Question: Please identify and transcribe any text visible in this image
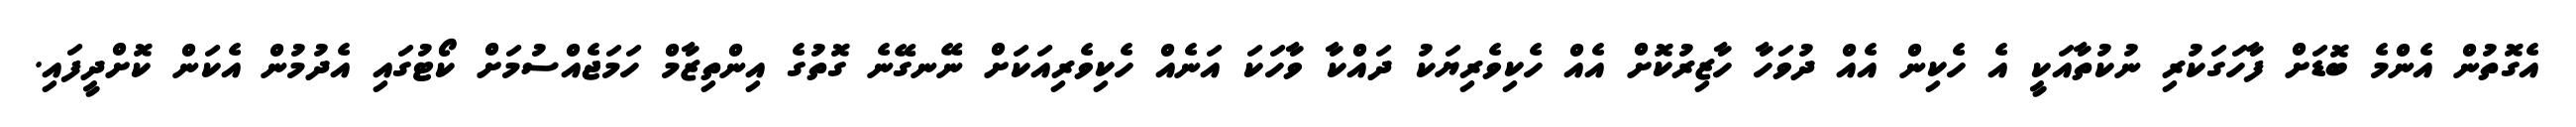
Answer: އެގޮތުން އެންމެ ބޮޑަށް ފާހަގަކުރި ނުކުތާއަކީ އެ ހެކިން އެއް ދުވަހާ ހާޒިރުކޮށް އެއް ހެކިވެރިޔަކު ދައްކާ ވާހަކަ އަނެއް ހެކިވެރިއަކަށް ނޭނގޭނެ ގޮތުގެ އިންތިޒާމް ހަމަޖެއްސުމަށް ކޯޓުގައި އެދުމުން އެކަން ކޮށްދީފައި.